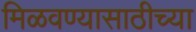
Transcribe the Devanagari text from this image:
मिळवण्यासाठीच्या